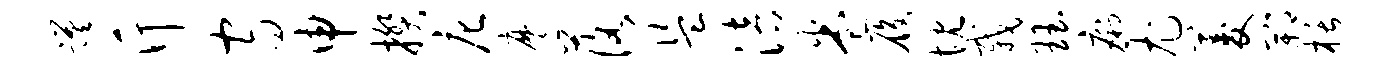
蹉斤守申揆庀麾落盗涪卷履忱栽珏痢尤菱郫栝